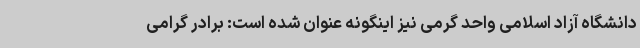
دانشگاه آزاد اسلامی واحد گرمی نیز اینگونه عنوان شده است: برادر گرامی